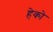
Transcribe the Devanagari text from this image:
हेको